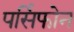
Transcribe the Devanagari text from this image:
पर्सिफोन